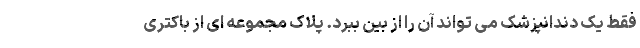
فقط یک دندانپزشک می تواند آن را از بین ببرد. پلاک مجموعه ای از باکتری